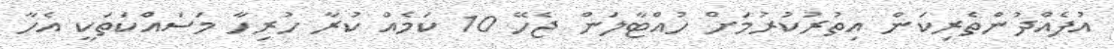
އުފެއްދުންތެރިކަން އިތުރުކުރުމަށް ހުއްޓާލަން ޖެހޭ 10 ކަމެއް ކުރާ ހުރިހާ މަސައްކަތަކީ އެހާ